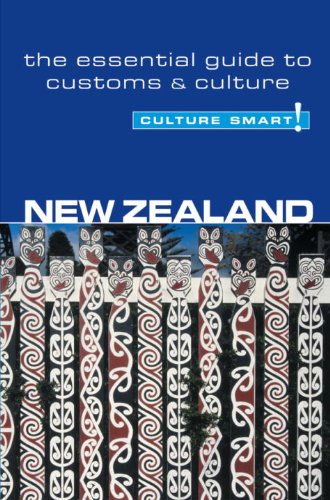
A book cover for New Zealand - Culture Smart!: the essential guide to customs & culture; Sue Butler; Business & Money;